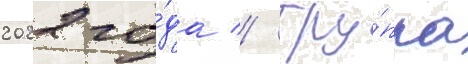
2022 го́да // Гру́ппа